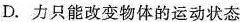
D.力只能改变物体的运动状态